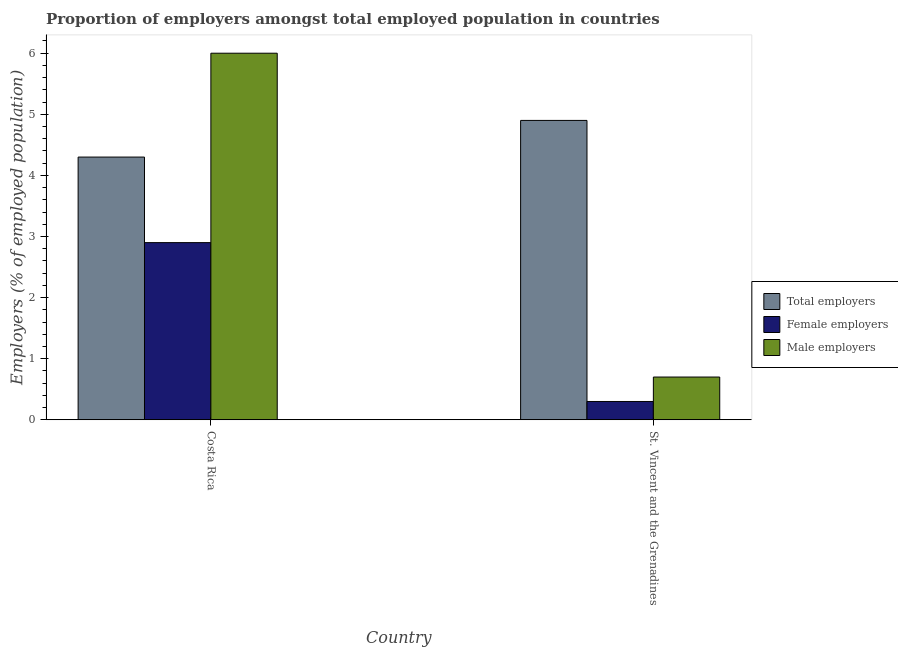
| Country | Total employers | Female employers | Male employers |
 | --- | --- | --- | --- |
 | Costa Rica | 4.3 | 2.9 | 6 |
 | St. Vincent and the Grenadines | 4.9 | 0.3 | 0.7 |